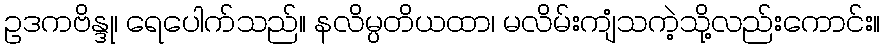
ဥဒကဗိန္ဒု၊ ရေပေါက်သည်။ နလိမ္ပတိယထာ၊ မလိမ်းကျံသကဲ့သို့လည်းကောင်း။